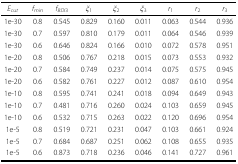
| Ecut | fmin | fBDI3 | ξ1 | ξ2 | ξ3 | r1 | r2 | r3 |
 | --- | --- | --- | --- | --- | --- | --- | --- | --- |
 | 1e-30 | 0.8 | 0.545 | 0.829 | 0.160 | 0.011 | 0.063 | 0.544 | 0.936 |
 | 1e-30 | 0.7 | 0.597 | 0.810 | 0.179 | 0.011 | 0.064 | 0.546 | 0.939 |
 | 1e-30 | 0.6 | 0.646 | 0.824 | 0.166 | 0.010 | 0.072 | 0.578 | 0.951 |
 | 1e-20 | 0.8 | 0.506 | 0.767 | 0.218 | 0.015 | 0.073 | 0.553 | 0.932 |
 | 1e-20 | 0.7 | 0.584 | 0.749 | 0.237 | 0.014 | 0.075 | 0.575 | 0.945 |
 | 1e-20 | 0.6 | 0.582 | 0.761 | 0.227 | 0.012 | 0.087 | 0.610 | 0.954 |
 | 1e-10 | 0.8 | 0.595 | 0.741 | 0.241 | 0.018 | 0.094 | 0.649 | 0.943 |
 | 1e-10 | 0.7 | 0.481 | 0.716 | 0.260 | 0.024 | 0.103 | 0.659 | 0.945 |
 | 1e-10 | 0.6 | 0.532 | 0.715 | 0.263 | 0.022 | 0.120 | 0.696 | 0.954 |
 | 1e-5 | 0.8 | 0.519 | 0.721 | 0.231 | 0.047 | 0.103 | 0.661 | 0.924 |
 | 1e-5 | 0.7 | 0.684 | 0.687 | 0.251 | 0.062 | 0.108 | 0.655 | 0.935 |
 | 1e-5 | 0.6 | 0.873 | 0.718 | 0.236 | 0.046 | 0.141 | 0.727 | 0.961 |